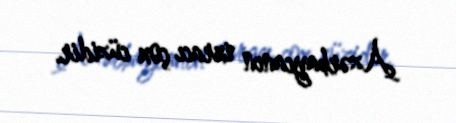
Azərbaycanın ixracı çox cüzidir.